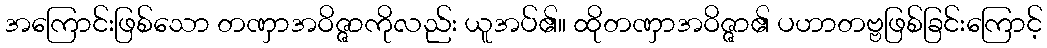
အကြောင်းဖြစ်သော တဏှာအဝိဇ္ဇာကိုလည်း ယူအပ်၏။ ထိုတဏှာအဝိဇ္ဇာ၏ ပဟာတဗ္ဗဖြစ်ခြင်းကြောင့်